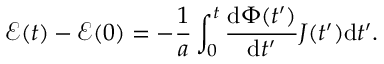
\mathcal { E } ( t ) - \mathcal { E } ( 0 ) = - \frac { 1 } { a } \int _ { 0 } ^ { t } \frac { \mathrm { d } \Phi ( t ^ { \prime } ) } { \mathrm { d } t ^ { \prime } } J ( t ^ { \prime } ) \mathrm { d } t ^ { \prime } .